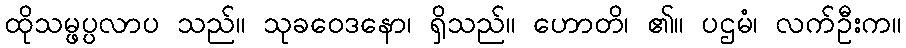
ထိုသမ္ဖပ္ပလာပ သည်။ သုခဝေဒနော၊ ရှိသည်။ ဟောတိ၊ ၏။ ပဌမံ၊ လက်ဦးက။